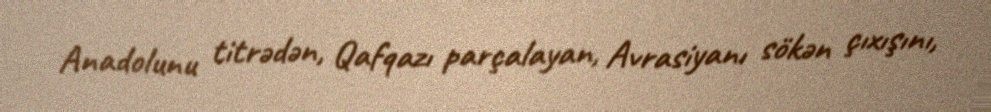
Anadolunu titrədən, Qafqazı parçalayan, Avrasiyanı sökən çıxışını,